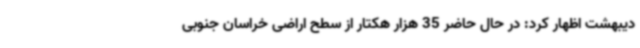
دیبهشت اظهار کرد: در حال حاضر 35 هزار هکتار از سطح اراضی خراسان جنوبی